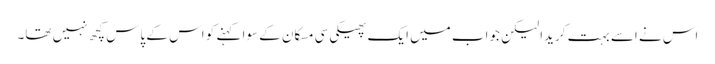
اس نے اسے بہت کریدا لیکن جواب میں ایک پھیکی سی مسکان کے سوا کہنے کو اس کے پاس کچھ نہیں تھا۔